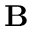
\mathbf { B }